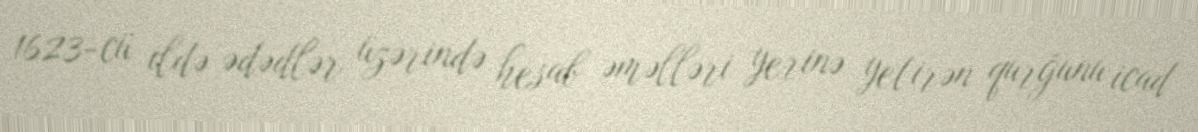
1623-cü ildə ədədlər üzərində hesab əməlləri yerinə yetirən qurğunu icad